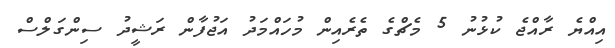
އިއްޔެ ރާއްޖެ ކުޅުނު 5 މެޗްގެ ތެރެއިން މުހައްމަދު އަޖުފާން ރަޝީދު ސިންގަލްސް